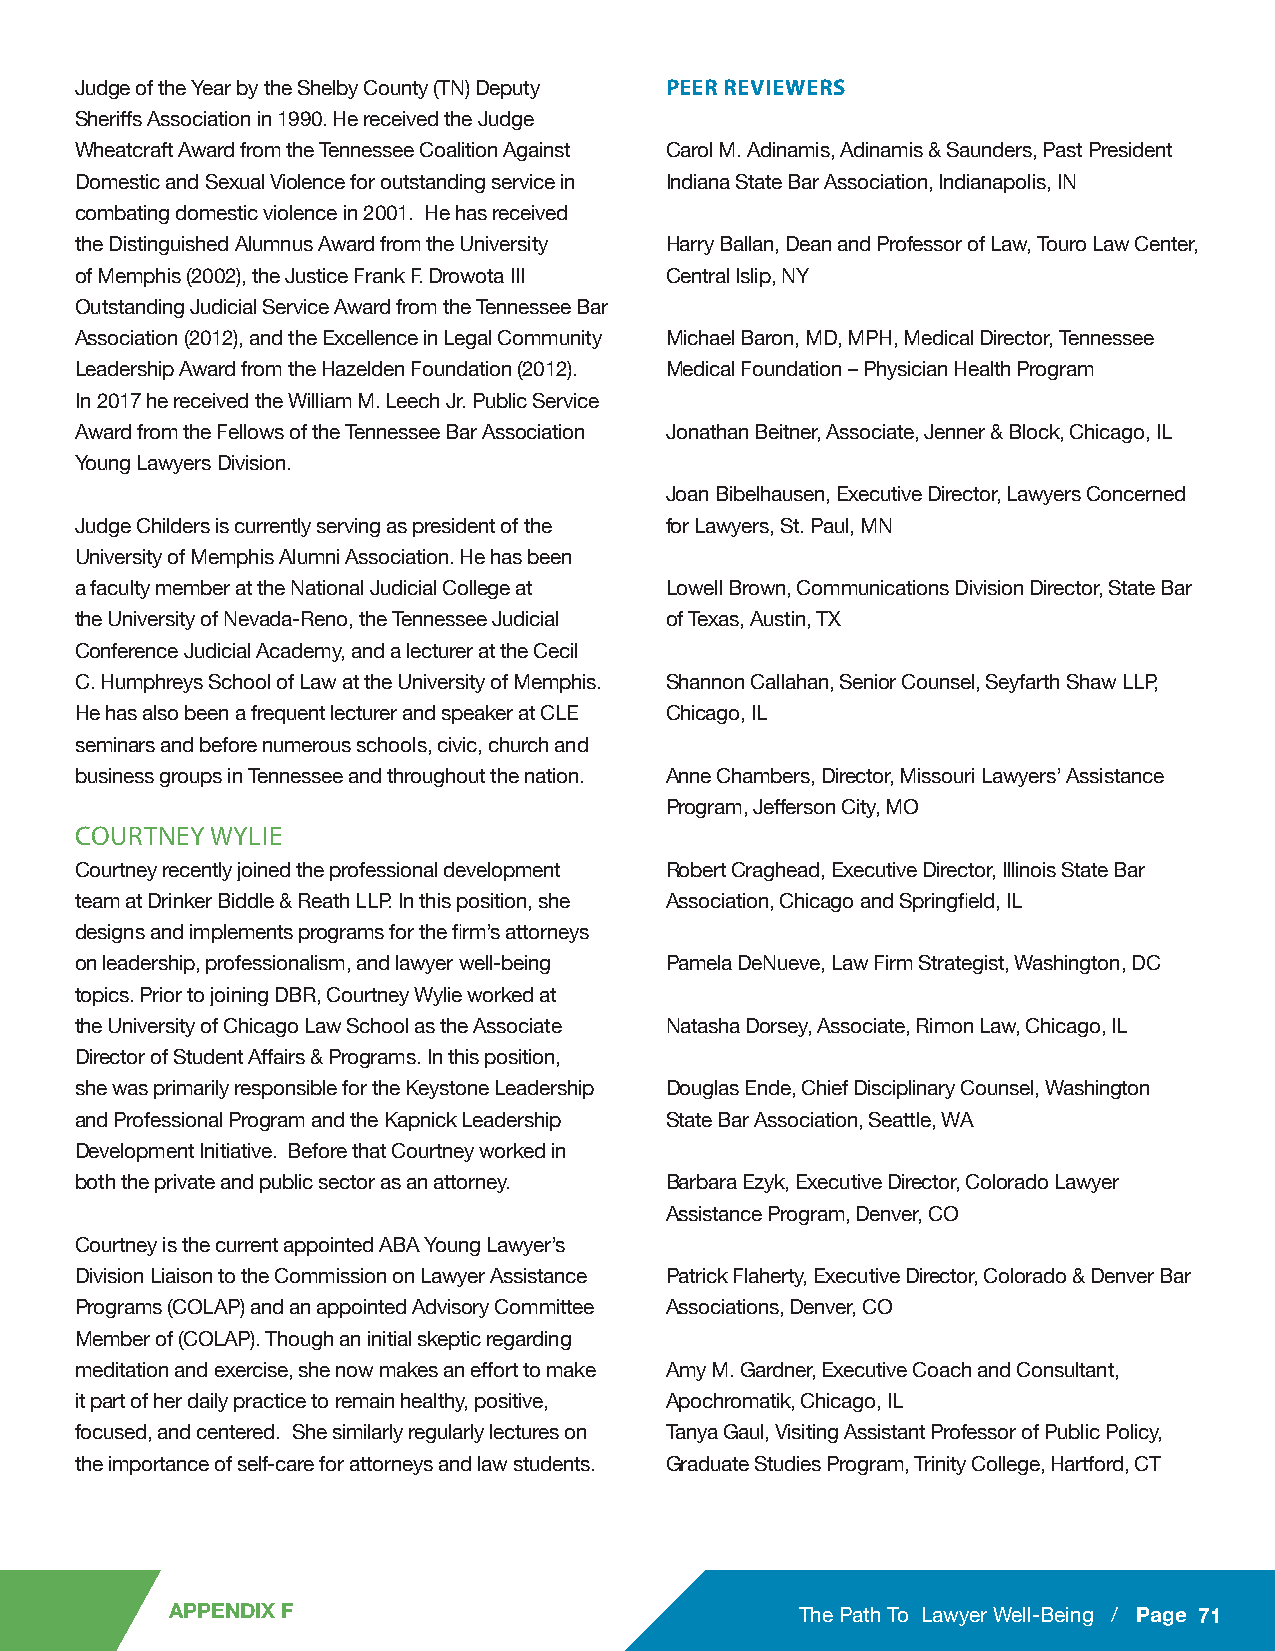
PEER REVIEWERS
 Judge of the Year by the Shelby County (TN) Deputy
 Sheriffs Association in 1990. He received the Judge
 Wheatcraft Award from the Tennessee Coalition Against Carol M. Adinamis, Adinamis & Saunders, Past President
 Domestic and Sexual Violence for outstanding service in Indiana State Bar Association, Indianapolis, IN
 combating domestic violence in 2001. He has received
 the Distinguished Alumnus Award from the University Harry Ballan, Dean and Professor of Law, Touro Law Center,
 of Memphis (2002), the Justice Frank F. Drowota III Central Islip, NY
 Outstanding Judicial Service Award from the Tennessee Bar
 Association (2012), and the Excellence in Legal Community Michael Baron, MD, MPH, Medical Director, Tennessee
 Leadership Award from the Hazelden Foundation (2012). Medical Foundation – Physician Health Program
 In 2017 he received the William M. Leech Jr. Public Service
 Award from the Fellows of the Tennessee Bar Association Jonathan Beitner, Associate, Jenner & Block, Chicago, IL
 Young Lawyers Division.
 Joan Bibelhausen, Executive Director, Lawyers Concerned
 Judge Childers is currently serving as president of the for Lawyers, St. Paul, MN
 University of Memphis Alumni Association. He has been
 a faculty member at the National Judicial College at Lowell Brown, Communications Division Director, State Bar
 the University of Nevada-Reno, the Tennessee Judicial of Texas, Austin, TX
 Conference Judicial Academy, and a lecturer at the Cecil
 C. Humphreys School of Law at the University of Memphis. Shannon Callahan, Senior Counsel, Seyfarth Shaw LLP,
 He has also been a frequent lecturer and speaker at CLE Chicago, IL
 seminars and before numerous schools, civic, church and
 business groups in Tennessee and throughout the nation. Anne Chambers, Director, Missouri Lawyers’ Assistance
 Program, Jefferson City, MO
 COURTNEY WYLIE
 Courtney recently joined the professional development Robert Craghead, Executive Director, Illinois State Bar
 team at Drinker Biddle & Reath LLP. In this position, she Association, Chicago and Springfield, IL
 designs and implements programs for the firm’s attorneys
 on leadership, professionalism, and lawyer well-being Pamela DeNueve, Law Firm Strategist, Washington, DC
 topics. Prior to joining DBR, Courtney Wylie worked at
 the University of Chicago Law School as the Associate Natasha Dorsey, Associate, Rimon Law, Chicago, IL
 Director of Student Affairs & Programs. In this position,
 she was primarily responsible for the Keystone Leadership Douglas Ende, Chief Disciplinary Counsel, Washington
 and Professional Program and the Kapnick Leadership State Bar Association, Seattle, WA
 Development Initiative. Before that Courtney worked in
 both the private and public sector as an attorney. Barbara Ezyk, Executive Director, Colorado Lawyer
 Assistance Program, Denver, CO
 Courtney is the current appointed ABA Young Lawyer’s
 Division Liaison to the Commission on Lawyer Assistance Patrick Flaherty, Executive Director, Colorado & Denver Bar
 Programs (COLAP) and an appointed Advisory Committee Associations, Denver, CO
 Member of (COLAP). Though an initial skeptic regarding
 meditation and exercise, she now makes an effort to make Amy M. Gardner, Executive Coach and Consultant,
 it part of her daily practice to remain healthy, positive, Apochromatik, Chicago, IL
 focused, and centered. She similarly regularly lectures on Tanya Gaul, Visiting Assistant Professor of Public Policy,
 the importance of self-care for attorneys and law students. Graduate Studies Program, Trinity College, Hartford, CT
 APPENDIX F                                The Path To Lawyer Well-Being / Page 71